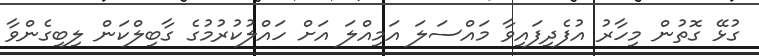
ގުޅޭ ގޮޮތުން މިހާރު އުފެދިފައިވާ މައްސަލަ އަމިއްލަ އަށް ހައްލުކުރުމުގެ ގާބިލްކަން ލިބިގެންވާ